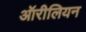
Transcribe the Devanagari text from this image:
ऑरीलियन